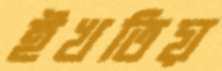
ইখতিয়